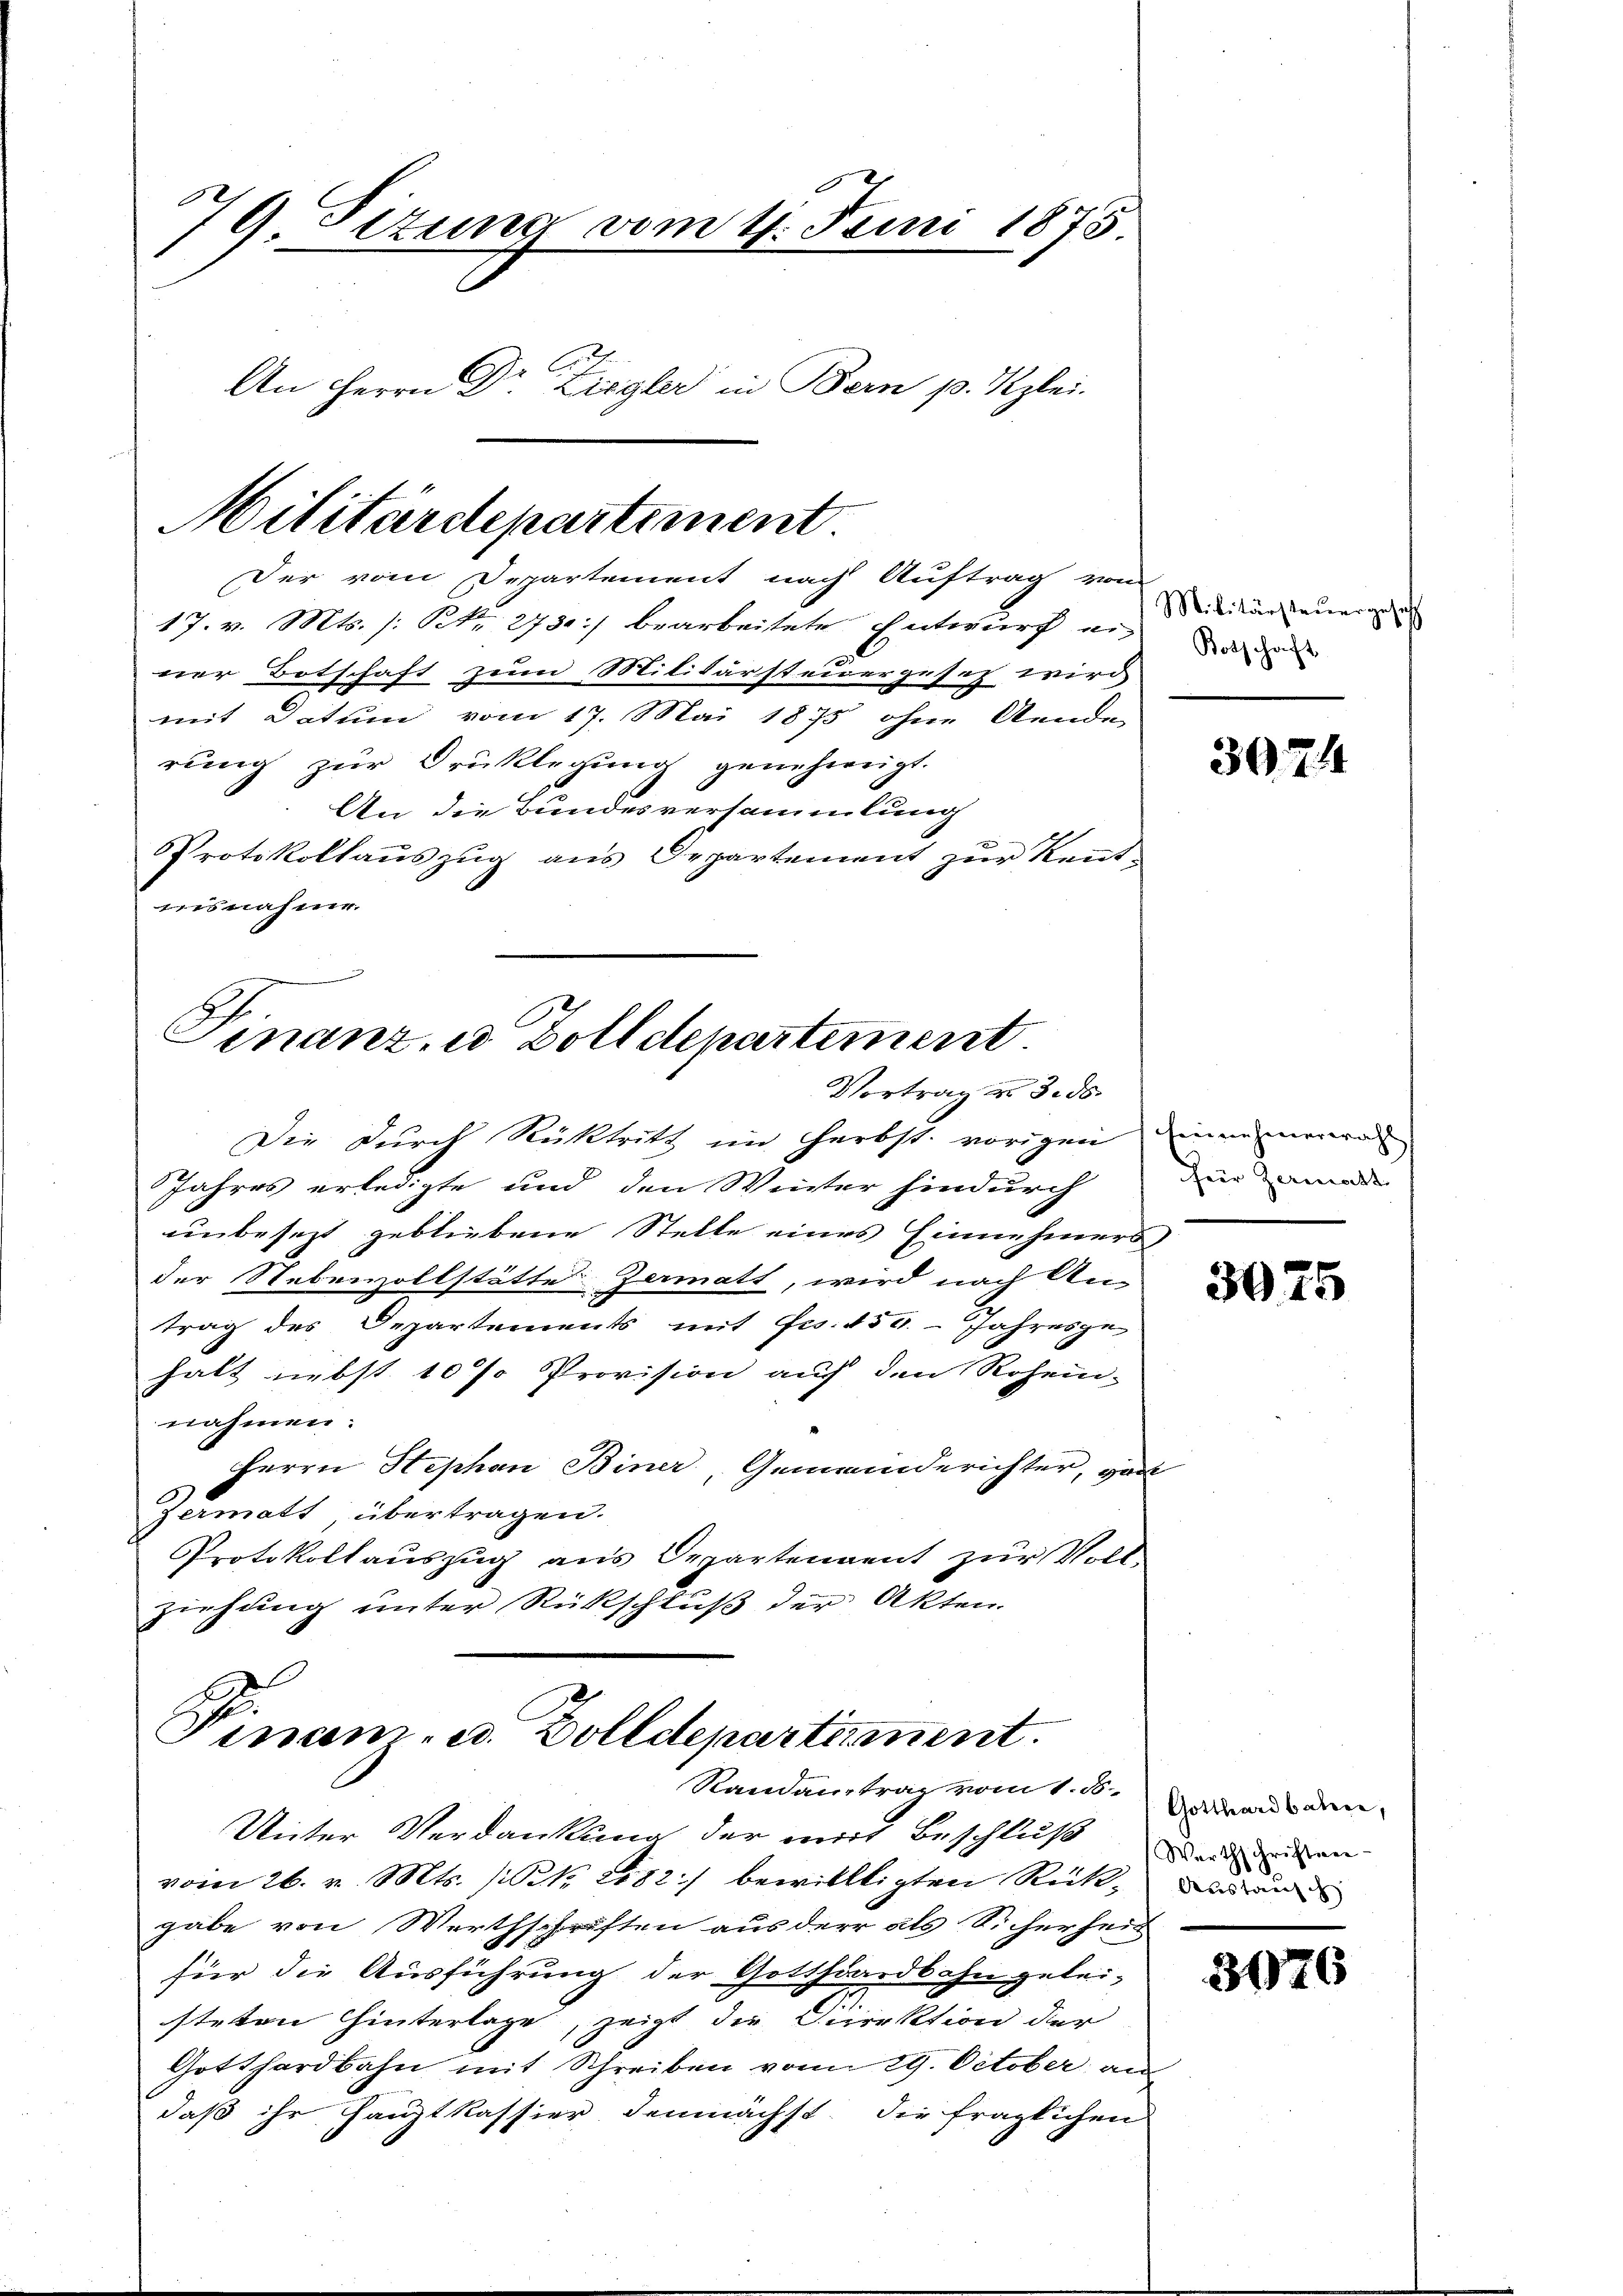
79 Sizung vom 4. Juni 1875
An Herrn Dr Ziegler in Bern p. Kzlei.

Militärdepartement
Der vom Departement nach Auftrag von

17. v. Mts. (: NNo. 2730) bearbeitete Entwurf ei-
ner Botschaft zum Militärsteuergeset wird
mit Datum vom 17. Mai 1875 ohne Aende
rung zur Drüklegung genehmigt.
An die Bundesversammlung
Protokollauszug aus Departement zur Kenntuisnahme.

Finanz, u. Zolldepartiment
Vortrag u. 3. ds.

Die Durch Rücktritt im Herbst vorigen eine mera
Jahres erledigte und den Winter hindurch
unbesezt gebliebene Stelle eines Einnehmers,
der Nebenzollstätte Zermatt, wird nach An-
trag des Departements mit Frs. 150. Jahresge-
halt nebst 10 % Provision auf den Rohei-
nahmen:
Herrn Stephan Biner, Gemeinderichter, gant
germatt übertragen.
Protokollauszug aus Departendent zur Voll-
ziehung unter Rückschluß der Akten.

Pinam. u. Zolldepartement.
Randantrag vom 1. ds.

Unter Verdankung der mit Beschluß
vom 26. v. Mts. (N. 1182) bewilltigten Rückgabe von Werthschriften aus der als Sicherheit
für die Ausführung der Gotthardbahn gelei-
steten hinterlage, zeigt die Direktion der
Gotthardbahn mit Schreiben vom 29. October an
daß ihr Hauptkassier demnächst die fraglichen

Militärsteuergesetz
Botschaft

3074

für Zermatt.

3075

Gotthardbahre,
Warthschriften-
Austausch

3076